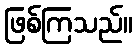
ဖြစ်ကြသည်။